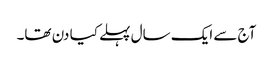
آج سے ایک سال پہلے کیا دن تھا۔